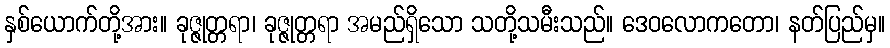
နှစ်ယောက်တို့အား။ ခုဇ္ဇုတ္တရာ၊ ခုဇ္ဇုတ္တရာ အမည်ရှိသော သတို့သမီးသည်။ ဒေဝလောကတော၊ နတ်ပြည်မှ။